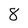
Character: 8